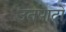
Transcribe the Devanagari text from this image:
उतपादो